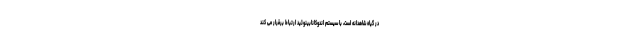
در گیاه شاهدانه است، با سیستم اندوکانابینوئید ارتباط برقرار می کند